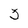
Character: 3